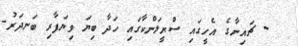
- ޗައިނާގެ އެހީގައި ސްރީލަންކާގައި ހަދާ ބިޔަ ވިޔަފާރި ބަނދަރު.